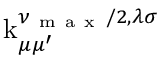
\operatorname { k } _ { \mu \mu ^ { \prime } } ^ { \nu _ { \mathrm { ~ m ~ a ~ x ~ } } / 2 , \lambda \sigma }